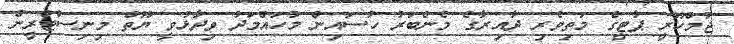
ޖުމްހޫރީ ޕާޓީގެ މަތިވެރި ދާއިރާގެ މެންބަރު ހުސައިން މުހައްމަދު ވިދާޅުވީ ޔޫތް މިނިސްޓްރީން